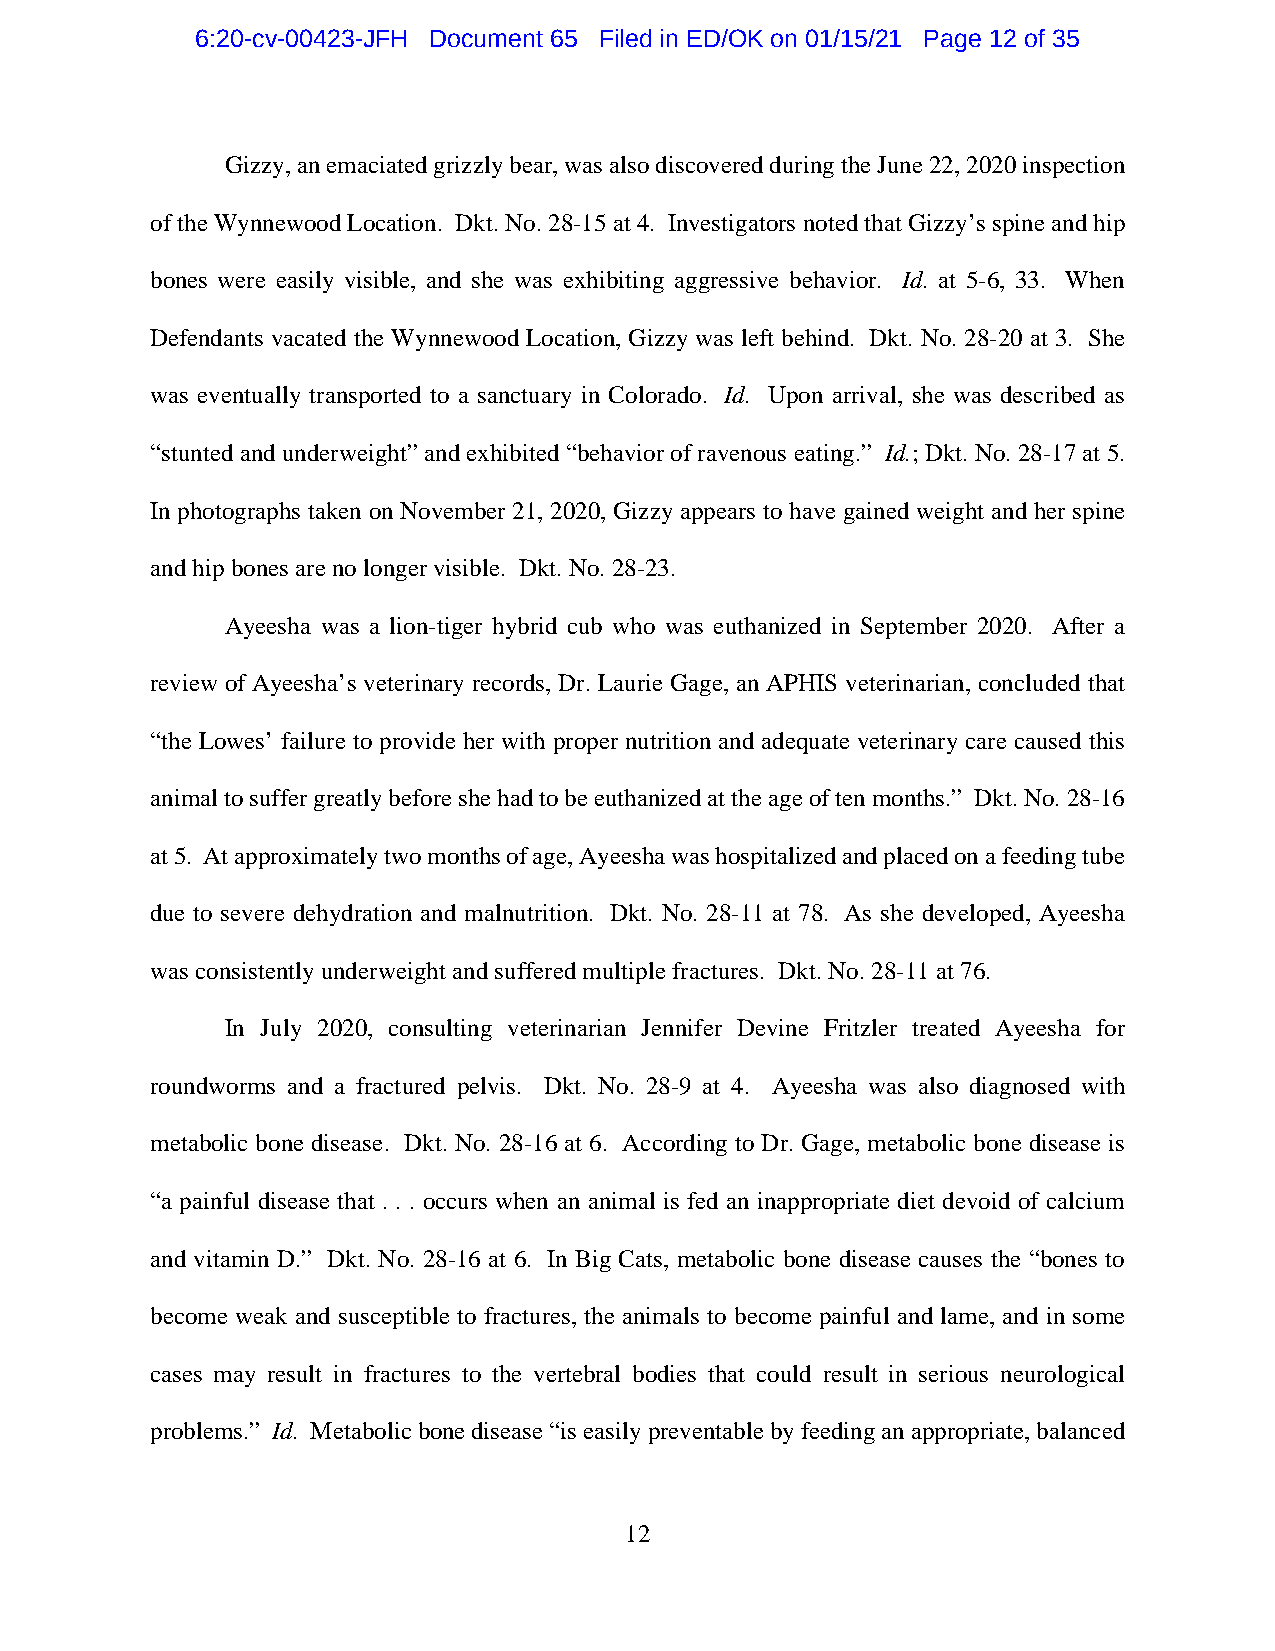
6:20-cv-00423-JFH Document 65 Filed in ED/OK on 01/15/21 Page 12 of 35
 Gizzy, an emaciated grizzly bear, was also discovered during the June 22, 2020 inspection
 of the Wynnewood Location. Dkt. No. 28-15 at 4. Investigators noted that Gizzy’s spine and hip
 bones were easily visible, and she was exhibiting aggressive behavior. Id. at 5-6, 33. When
 Defendants vacated the Wynnewood Location, Gizzy was left behind. Dkt. No. 28-20 at 3. She
 was eventually transported to a sanctuary in Colorado. Id. Upon arrival, she was described as
 “stunted and underweight” and exhibited “behavior of ravenous eating.” Id.; Dkt. No. 28-17 at 5.
 In photographs taken on November 21, 2020, Gizzy appears to have gained weight and her spine
 and hip bones are no longer visible. Dkt. No. 28-23.
 Ayeesha was a lion-tiger hybrid cub who was euthanized in September 2020. After a
 review of Ayeesha’s veterinary records, Dr. Laurie Gage, an APHIS veterinarian, concluded that
 “the Lowes’ failure to provide her with proper nutrition and adequate veterinary care caused this
 animal to suffer greatly before she had to be euthanized at the age of ten months.” Dkt. No. 28-16
 at 5. At approximately two months of age, Ayeesha was hospitalized and placed on a feeding tube
 due to severe dehydration and malnutrition. Dkt. No. 28-11 at 78. As she developed, Ayeesha
 was consistently underweight and suffered multiple fractures. Dkt. No. 28-11 at 76.
 In July 2020, consulting veterinarian Jennifer Devine Fritzler treated Ayeesha for
 roundworms and a fractured pelvis. Dkt. No. 28-9 at 4. Ayeesha was also diagnosed with
 metabolic bone disease. Dkt. No. 28-16 at 6. According to Dr. Gage, metabolic bone disease is
 “a painful disease that . . . occurs when an animal is fed an inappropriate diet devoid of calcium
 and vitamin D.” Dkt. No. 28-16 at 6. In Big Cats, metabolic bone disease causes the “bones to
 become weak and susceptible to fractures, the animals to become painful and lame, and in some
 cases may result in fractures to the vertebral bodies that could result in serious neurological
 problems.” Id. Metabolic bone disease “is easily preventable by feeding an appropriate, balanced
 12